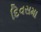
દિવસમા